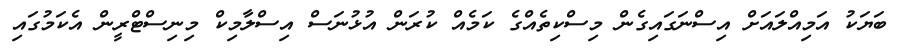
ބަޔަކު އަމިއްލައަށް އިސްނަގައިގެން މިސްކިތެއްގެ ކަމެއް ކުރަން އުޅުނަސް އިސްލާމިކް މިނިސްޓްރީން އެކަމުގައި